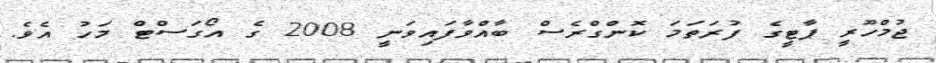
ޖުމްހޫރީ ޕާޓީގެ ފުރަތަމަ ކޮންގްރެސް ބާއްވާފައިވަނީ 2008 ގެ އޯގަސްޓް މަހު އެވެ.